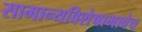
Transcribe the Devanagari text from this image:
सामान्यविशेषाभावेच